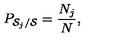
P _ { { \cal S } _ { j } / { \cal S } } = \frac { N _ { j } } { N } ,